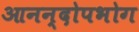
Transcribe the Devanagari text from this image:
आनन्दोपभोग